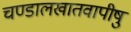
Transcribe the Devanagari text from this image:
चण्डालखातवापीषु